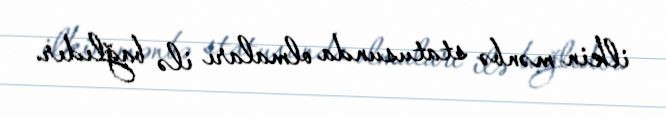
ilkin mənbə statusunda olmaları ilə bağlıdır.